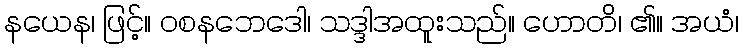
နယေန၊ ဖြင့်။ ဝစနဘေဒေါ၊ သဒ္ဒါအထူးသည်။ ဟောတိ၊ ၏။ အယံ၊